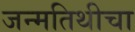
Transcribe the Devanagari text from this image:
जन्मतिथीचा